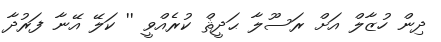
ދިން ހުޒާލް އަށް ރަސޫލާ ޙަދީޘް ކުރެއްވީ '' ކަލޭ އޭނާ ފަރުދާ